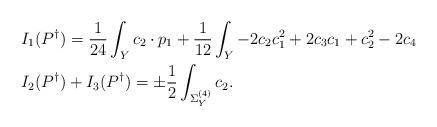
LaTeX: \begin{align*}& I_1(P^{\dagger}) =\frac{1}{24}\int_Y c_2 \cdot p_1 + \frac{1}{12} \int_Y -2c_2c_1^2 + 2c_3c_1 + c^2_2 - 2c_4 \\& I_2(P^{\dagger}) + I_3(P^{\dagger}) = \pm \frac{1}{2} \int_{\Sigma^{(4)}_Y} c_2. \end{align*}